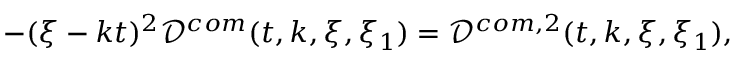
\begin{array} { r } { - ( \xi - k t ) ^ { 2 } \mathcal { D } ^ { c o m } ( t , k , \xi , \xi _ { 1 } ) = \mathcal { D } ^ { c o m , 2 } ( t , k , \xi , \xi _ { 1 } ) , } \end{array}